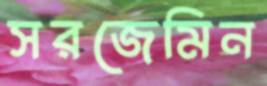
সরজেমিন